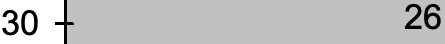
30           26